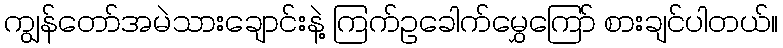
ကျွန်တော်အမဲသားချောင်းနဲ့ ကြက်ဥခေါက်မွှေကြော် စားချင်ပါတယ်။